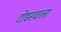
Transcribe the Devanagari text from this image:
टोडरवाला